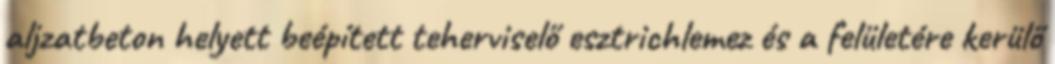
aljzatbeton helyett beépített teherviselő esztrichlemez és a felületére kerülő